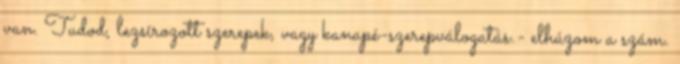
van. Tudod, lezsírozott szerepek, vagy kanapé-szerepválogatás.- elhúzom a szám.